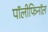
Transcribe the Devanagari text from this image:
पॉलीफिनॉल